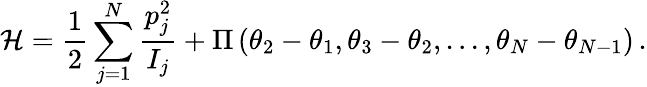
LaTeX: \mathcal{H}=\frac{1}{2}\sum_{j=1}^{N}\frac{p_{j}^{2}}{I_{j}}+\Pi\left(\theta_{2}-\theta_{1},\theta_{3}-\theta_{2},...,\theta_{N}-\theta_{N-1}\right)\, .